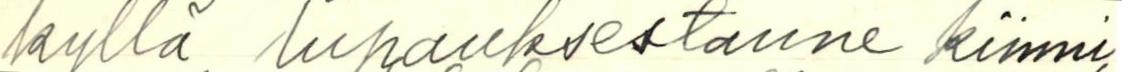
kyllä lupauksestanne kiinni